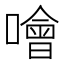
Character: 噲